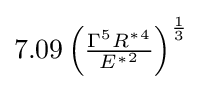
{\textstyle 7.09\left({\frac {\Gamma ^{5}{R^{*}}^{4}}{{E^{*}}^{2}}}\right)^{\frac {1}{3}}}